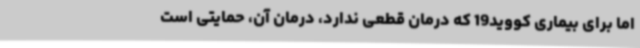
اما برای بیماری کووید19 که درمان قطعی ندارد، درمان آن، حمایتی است